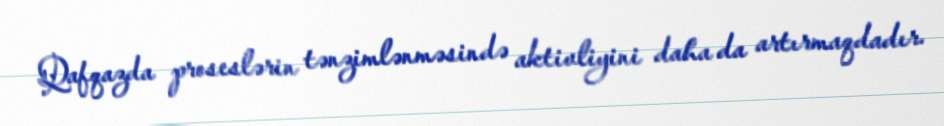
Qafqazda proseslərin tənzimlənməsində aktivliyini daha da artırmaqdadır.